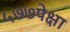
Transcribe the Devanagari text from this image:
५७७पेक्षा